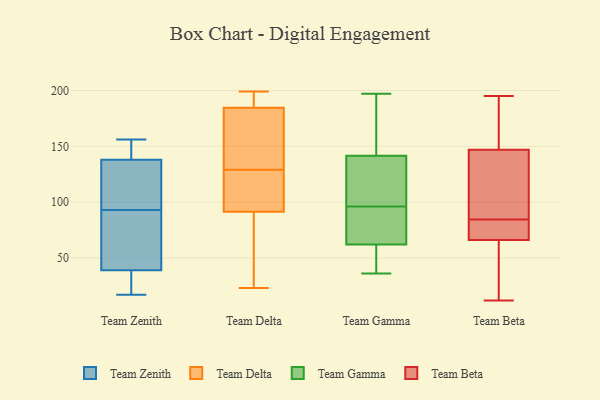
{"axis": {"x": "Headcount", "y": "Value"}, "legend": ["Team Beta", "Team Delta", "Team Gamma", "Team Zenith"], "data": [{"x": "", "y": 124, "type": "Team Zenith"}, {"x": "", "y": 156, "type": "Team Zenith"}, {"x": "", "y": 138, "type": "Team Zenith"}, {"x": "", "y": 39, "type": "Team Zenith"}, {"x": "", "y": 17, "type": "Team Zenith"}, {"x": "", "y": 143, "type": "Team Zenith"}, {"x": "", "y": 108, "type": "Team Zenith"}, {"x": "", "y": 32, "type": "Team Zenith"}, {"x": "", "y": 78, "type": "Team Zenith"}, {"x": "", "y": 56, "type": "Team Zenith"}, {"x": "", "y": 60, "type": "Team Delta"}, {"x": "", "y": 89, "type": "Team Delta"}, {"x": "", "y": 133, "type": "Team Delta"}, {"x": "", "y": 111, "type": "Team Delta"}, {"x": "", "y": 159, "type": "Team Delta"}, {"x": "", "y": 144, "type": "Team Delta"}, {"x": "", "y": 99, "type": "Team Delta"}, {"x": "", "y": 113, "type": "Team Delta"}, {"x": "", "y": 23, "type": "Team Delta"}, {"x": "", "y": 199, "type": "Team Delta"}, {"x": "", "y": 199, "type": "Team Delta"}, {"x": "", "y": 193, "type": "Team Delta"}, {"x": "", "y": 196, "type": "Team Delta"}, {"x": "", "y": 129, "type": "Team Delta"}, {"x": "", "y": 29, "type": "Team Delta"}, {"x": "", "y": 48, "type": "Team Gamma"}, {"x": "", "y": 36, "type": "Team Gamma"}, {"x": "", "y": 112, "type": "Team Gamma"}, {"x": "", "y": 51, "type": "Team Gamma"}, {"x": "", "y": 80, "type": "Team Gamma"}, {"x": "", "y": 143, "type": "Team Gamma"}, {"x": "", "y": 101, "type": "Team Gamma"}, {"x": "", "y": 197, "type": "Team Gamma"}, {"x": "", "y": 179, "type": "Team Gamma"}, {"x": "", "y": 70, "type": "Team Gamma"}, {"x": "", "y": 53, "type": "Team Gamma"}, {"x": "", "y": 140, "type": "Team Gamma"}, {"x": "", "y": 108, "type": "Team Gamma"}, {"x": "", "y": 176, "type": "Team Gamma"}, {"x": "", "y": 118, "type": "Team Gamma"}, {"x": "", "y": 83, "type": "Team Gamma"}, {"x": "", "y": 172, "type": "Team Gamma"}, {"x": "", "y": 62, "type": "Team Gamma"}, {"x": "", "y": 91, "type": "Team Gamma"}, {"x": "", "y": 62, "type": "Team Gamma"}, {"x": "", "y": 33, "type": "Team Beta"}, {"x": "", "y": 195, "type": "Team Beta"}, {"x": "", "y": 131, "type": "Team Beta"}, {"x": "", "y": 147, "type": "Team Beta"}, {"x": "", "y": 80, "type": "Team Beta"}, {"x": "", "y": 78, "type": "Team Beta"}, {"x": "", "y": 176, "type": "Team Beta"}, {"x": "", "y": 89, "type": "Team Beta"}, {"x": "", "y": 119, "type": "Team Beta"}, {"x": "", "y": 12, "type": "Team Beta"}, {"x": "", "y": 24, "type": "Team Beta"}, {"x": "", "y": 70, "type": "Team Beta"}, {"x": "", "y": 189, "type": "Team Beta"}, {"x": "", "y": 66, "type": "Team Beta"}, {"x": "", "y": 76, "type": "Team Beta"}, {"x": "", "y": 42, "type": "Team Beta"}, {"x": "", "y": 188, "type": "Team Beta"}, {"x": "", "y": 141, "type": "Team Beta"}]}